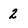
Character: 2